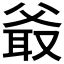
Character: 𤕖